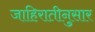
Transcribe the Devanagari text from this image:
जाहिरातीनुसार